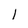
Character: l